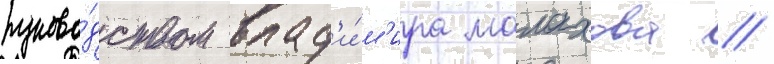
руково́дством влад'и́м'ира малахова //